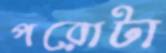
পরোটা